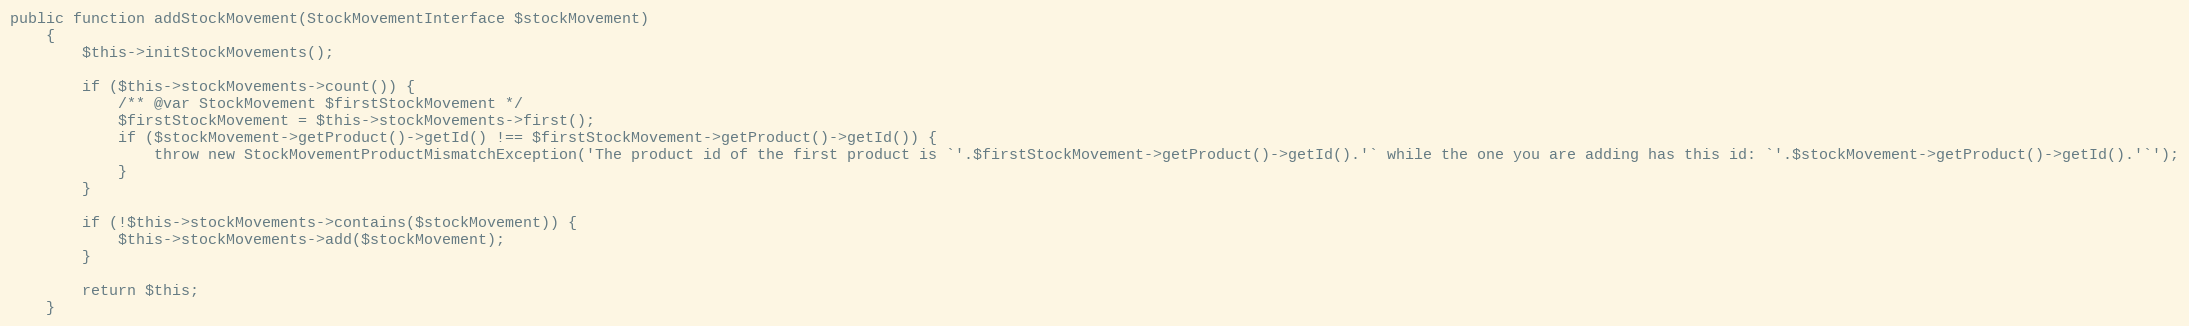
Language: PHP
public function addStockMovement(StockMovementInterface $stockMovement)
    {
        $this->initStockMovements();

        if ($this->stockMovements->count()) {
            /** @var StockMovement $firstStockMovement */
            $firstStockMovement = $this->stockMovements->first();
            if ($stockMovement->getProduct()->getId() !== $firstStockMovement->getProduct()->getId()) {
                throw new StockMovementProductMismatchException('The product id of the first product is `'.$firstStockMovement->getProduct()->getId().'` while the one you are adding has this id: `'.$stockMovement->getProduct()->getId().'`');
            }
        }

        if (!$this->stockMovements->contains($stockMovement)) {
            $this->stockMovements->add($stockMovement);
        }

        return $this;
    }